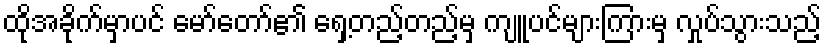
ထိုအခိုက်မှာပင် မော်တော်၏ ရှေ့တည့်တည့်မှ ကျူပင်များကြားမှ လှုပ်သွားသည့်